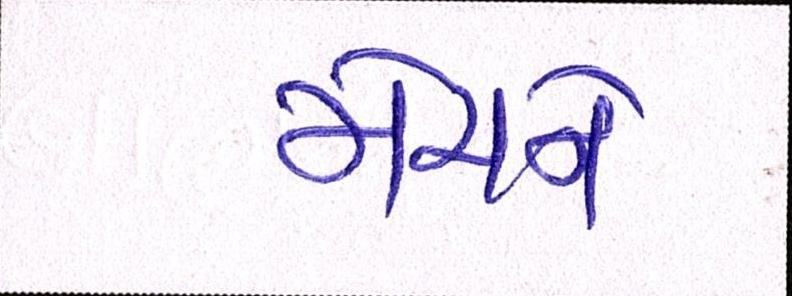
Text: મેચને